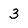
Character: 3